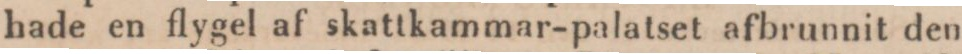
hade en flygel af skattkammar-palatset afbrunnit den